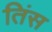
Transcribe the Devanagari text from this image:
तिंस